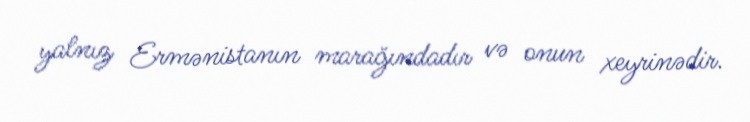
yalnız Ermənistanın marağındadır və onun xeyrinədir.